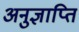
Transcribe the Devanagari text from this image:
अनुज्ञाप्ति